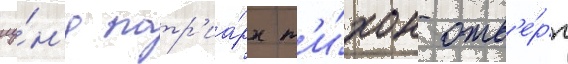
иу́н'я патр'иа́рх т'и́хон отв'е́рг